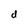
Character: d